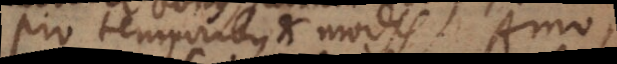
Pro temporibus et modis Amo,